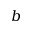
b